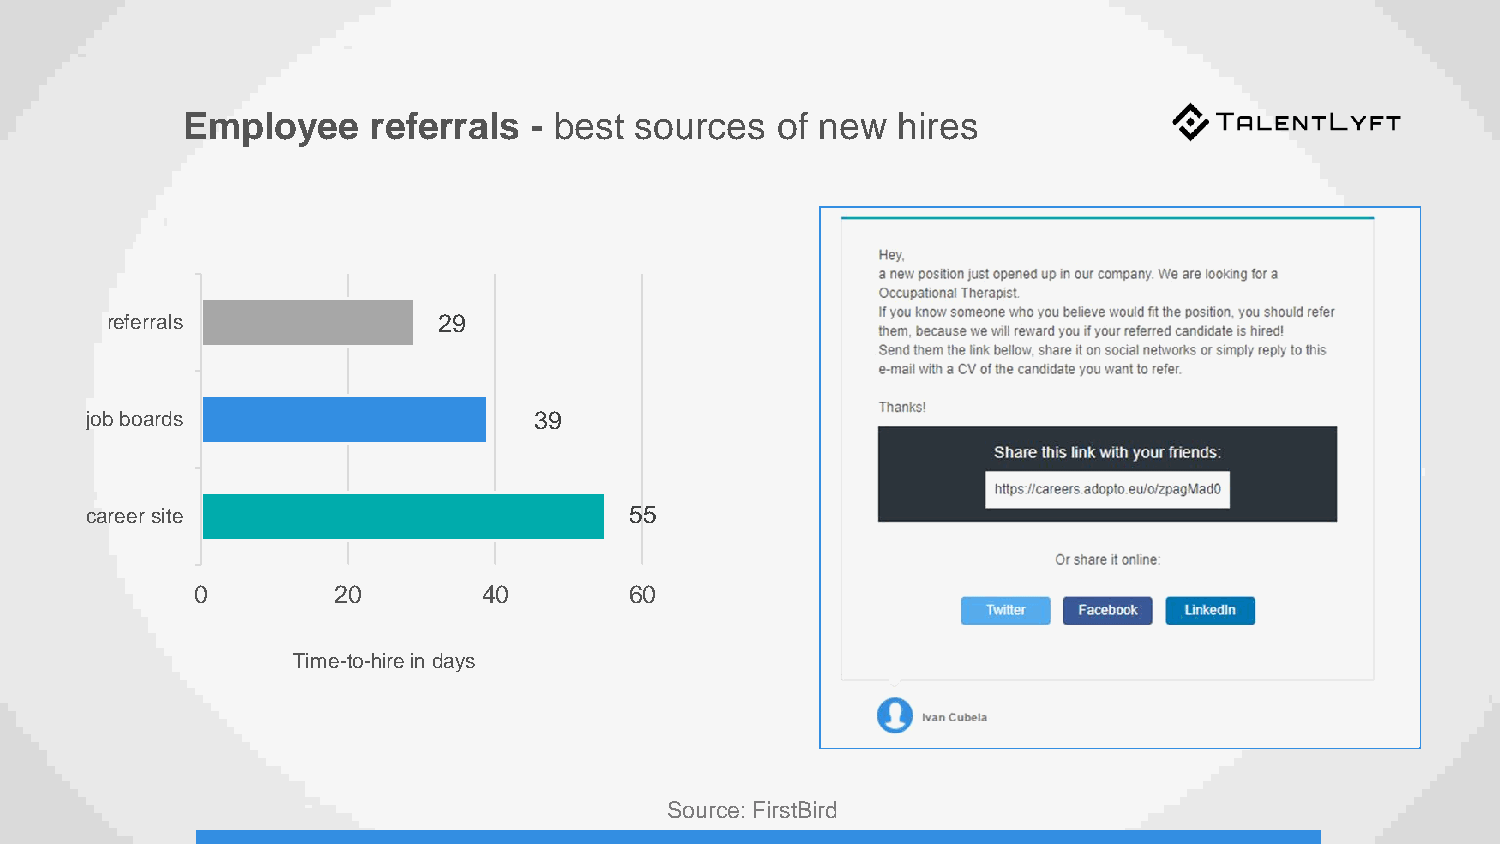
Employee     referrals - best sources  of new  hires
 referrals             29
 job boards                   39
 career site                         55
 0        20        40        60
 Time-to-hire in days
 Source: FirstBird